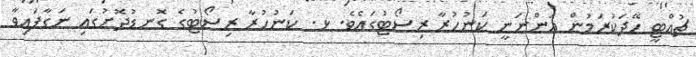
ޗުއްޓީ ހޭދަކުރަމުން އަންނަނީ ކަނުހުރާ ރިސޯޓުގައެވެ. ޅ. ކަނުހުރާ ރިސޯޓުގެ ގޮނޑުދޮށުގައި ނަގާފައިވާ